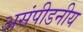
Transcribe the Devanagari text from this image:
असंपीडनीय